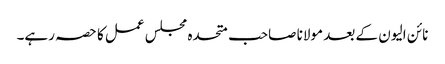
نائن الیون کے بعد مولانا صاحب متحدہ مجلس عمل کا حصہ رہے۔